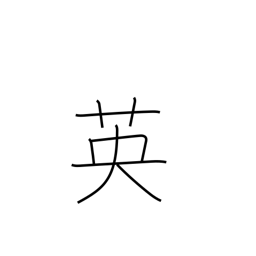
Meaning: England